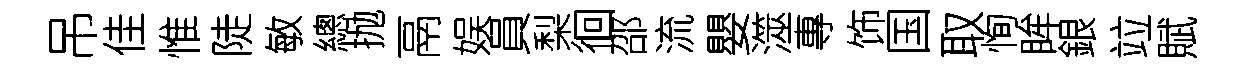
吊佳惟陡敏總抛鬲娱員梨徊邵流嬰澨專饰国取恂眸銀竝賦